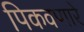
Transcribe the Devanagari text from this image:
पिकवणारे